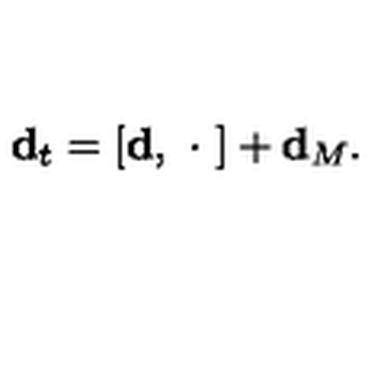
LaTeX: { \bf d } _ { t } = [ { \bf d } , \ \cdot \ ] + { \bf d } _ { M } .